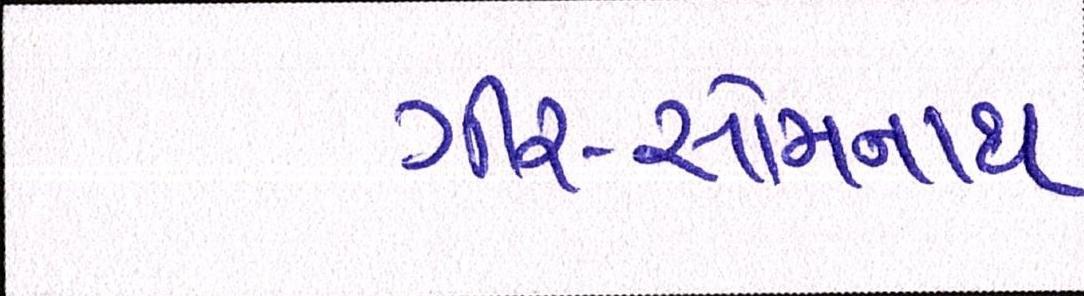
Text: ગીર-સોમનાથ